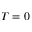
T = 0